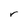
Character: r